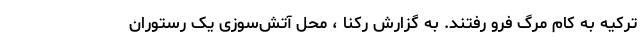
ترکیه به کام مرگ فرو رفتند. به گزارش رکنا ، محل آتش‌سوزی یک رستوران